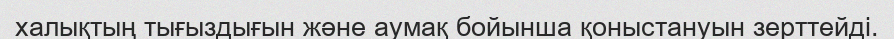
халықтың тығыздығын және аумақ бойынша қоныстануын зерттейді.